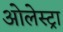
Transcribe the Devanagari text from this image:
ओलेस्ट्रा